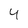
Character: 4